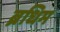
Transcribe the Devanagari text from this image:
ब्रधिम